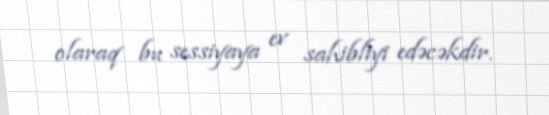
olaraq bu sessiyaya ev sahibliyi edəcəkdir.